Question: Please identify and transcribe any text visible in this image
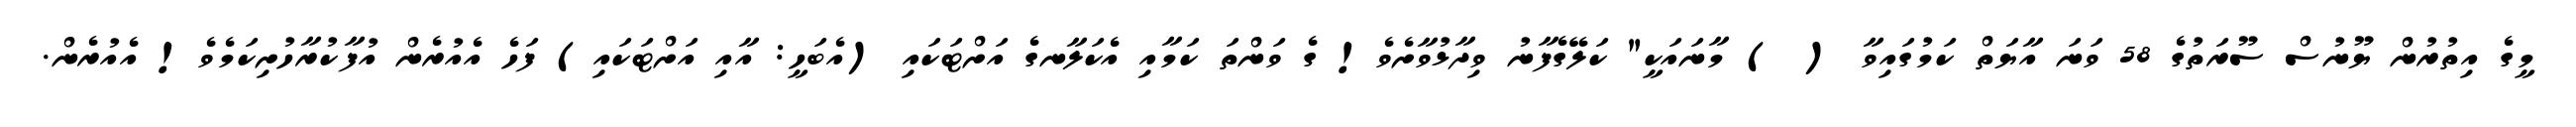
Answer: މީގެ އިތުރުން ޔޫނުސް ސޫރަތުގެ 58 ވަނަ އާޔަތް ކަމުގައިވާ ( ) މާނައަކީ" ކަލޭގެފާނު ވިދާޅުވާށެވެ! ގެ ވަންތަ ކަމާއި އެކަލާނގެ އަށްޓަކައި (އެބަހީ: އާއި އަށްޓަކައި) ފަހެ އެއުރެން އުފާކުރާހުށިކަމެވެ! އެއުރެން.